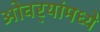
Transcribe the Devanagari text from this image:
ओवर्‍यांमध्ये